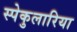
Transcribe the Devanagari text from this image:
स्पेकुलारिया